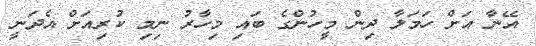
އޭނާ އަށް ހަމަލާ ދިން މީހުންގެ ބައި މިހާރު ނިމި ކުރިއަށް އެދަނީ